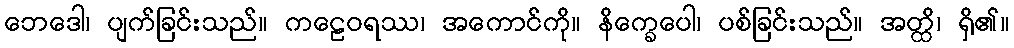
ဘေဒေါ၊ ပျက်ခြင်းသည်။ ကဠေဝရဿ၊ အကောင်ကို။ နိက္ခေပေါ၊ ပစ်ခြင်းသည်။ အတ္ထိ၊ ရှိ၏။